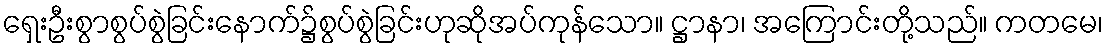
ရှေးဦးစွာစွပ်စွဲခြင်းနောက်၌စွပ်စွဲခြင်းဟုဆိုအပ်ကုန်သော။ ဋ္ဌာနာ၊ အကြောင်းတို့သည်။ ကတမေ၊